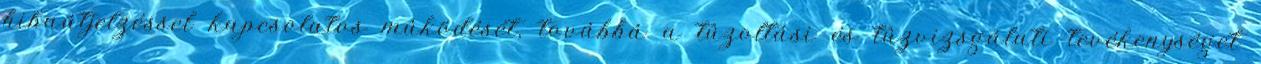
hibaátjelzéssel kapcsolatos mûködését, továbbá a tûzoltási és tûzvizsgálati tevékenységet